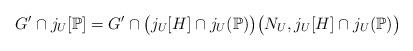
LaTeX: \begin{align*}G' \cap j_U[\mathbb{P}] = G' \cap \big( j_U[H] \cap j_U(\mathbb{P}) \big) \big( N_U, j_U[H] \cap j_U(\mathbb{P}) \big) \end{align*}